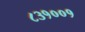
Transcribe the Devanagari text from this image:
८३१००१